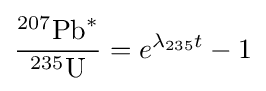
{{^{\text{207}}\,\!{\text{Pb}}^{*}} \over {^{\text{235}}\,\!{\text{U}}}}=e^{\lambda _{235}t}-1